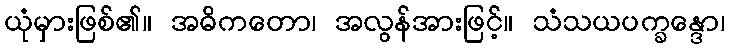
ယုံမှားဖြစ်၏။ အဓိကတော၊ အလွန်အားဖြင့်။ သံသယပက္ခန္ဒော၊